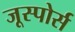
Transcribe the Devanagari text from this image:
जूस्पोर्स